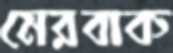
মেরবাক